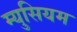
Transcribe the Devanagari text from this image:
म्युसियम